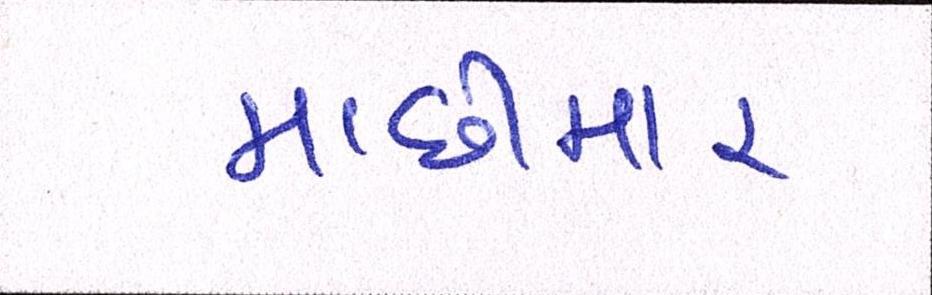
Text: માછીમાર